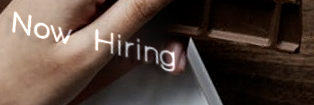
Now Hiring